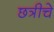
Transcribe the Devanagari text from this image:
छत्रीचे